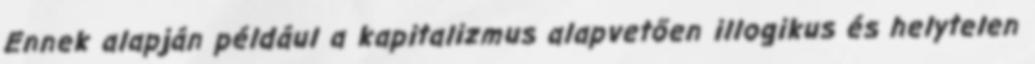
Ennek alapján például a kapitalizmus alapvetően illogikus és helytelen